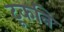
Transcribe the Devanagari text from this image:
टूकनि